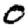
Digit: 0